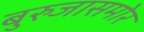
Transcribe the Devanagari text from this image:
बुरुजासमोर